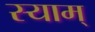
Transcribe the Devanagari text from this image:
स्याम्